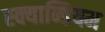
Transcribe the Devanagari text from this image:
स्क्यान्डियम